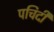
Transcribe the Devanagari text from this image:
पचिदी